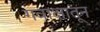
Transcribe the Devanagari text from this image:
गवाक्षातून